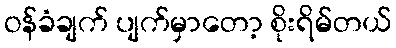
ဝန်ခံချက် ပျက်မှာတော့ စိုးရိမ်တယ်